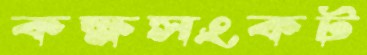
কক্ষসংকট